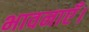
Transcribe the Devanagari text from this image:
भावनाएँ।